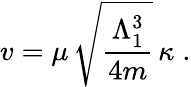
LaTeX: v=\mu\, \sqrt{\frac{\Lambda_{1}^{3}}{4m}}\, \kappa\; .